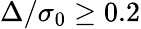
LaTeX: \Delta/\sigma_{0}\ge 0.2